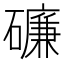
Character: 𥖝